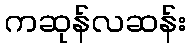
ကဆုန်လဆန်း